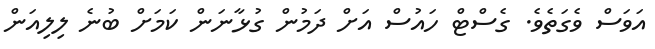
އަވަސް ވެގަތެވެ. ގެސްޓް ހައުސް އަށް ދަމުން ގުޅާނަން ކަމަށް ބުނެ ލިލިއަން